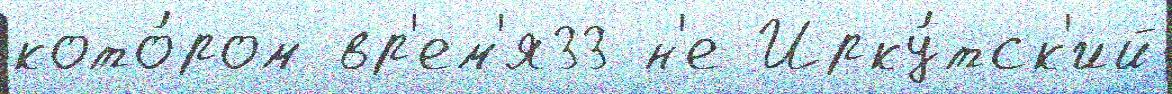
кото́ром вр'ем'я33 н'е Ирку́тск'ий